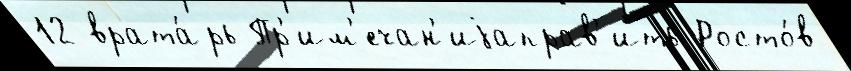
12 врата́рь Пр'им'ечан'иjаправ'ить Росто́в